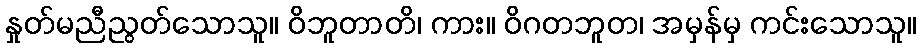
နှုတ်မညီညွတ်သောသူ။ ဝိဘူတာတိ၊ ကား။ ဝိဂတဘူတ၊ အမှန်မှ ကင်းသောသူ။